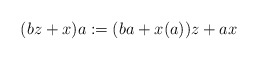
\begin{align*}& (bz+x)a:=(ba+x(a))z+ax\end{align*}